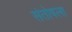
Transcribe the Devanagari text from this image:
संतोषला